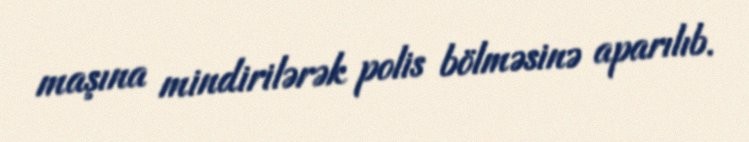
maşına mindirilərək polis bölməsinə aparılıb.